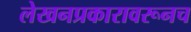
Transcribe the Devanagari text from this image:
लेखनप्रकारावरूनच